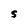
Character: S